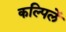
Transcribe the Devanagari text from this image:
कल्पिलें